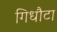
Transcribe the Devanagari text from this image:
गिधौटा